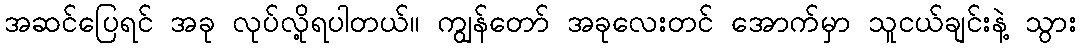
အဆင်ပြေရင် အခု လုပ်လို့ရပါတယ်။ ကျွန်တော် အခုလေးတင် အောက်မှာ သူငယ်ချင်းနဲ့ သွား